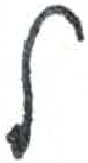
אות: ל